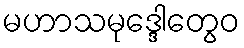
မဟာသမုဒ္ဒေါတွေဝ